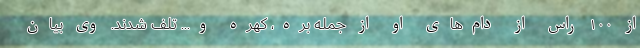
از ۱۰۰ راس از دام‌های او از جمله بره، کهره و... تلف شدند. وی بیان